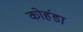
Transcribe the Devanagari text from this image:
कोहंडा